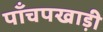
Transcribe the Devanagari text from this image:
पाँचपखाड़ी